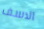
الاسف